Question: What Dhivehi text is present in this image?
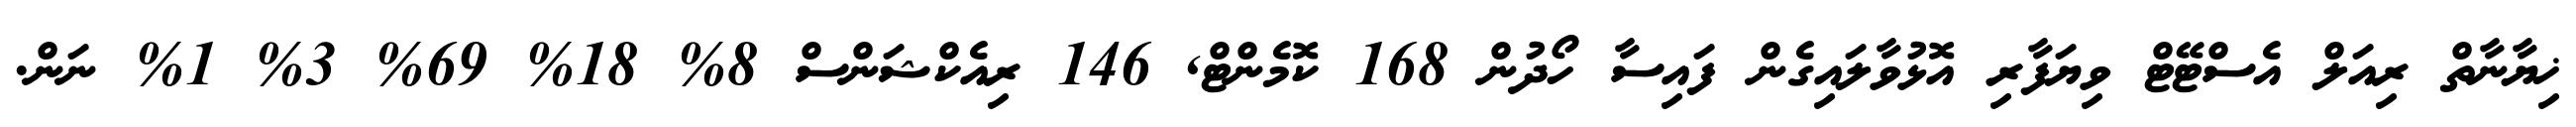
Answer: ޚިޔާނާތް ރިއަލް އެސްޓޭޓް ވިޔަފާރި އޮޅުވާލައިގެން ފައިސާ ހޯދުން 168 ކޮމެންޓް, 146 ރިއެކްޝަންސް 8% 18% 69% 3% 1% ނަން.